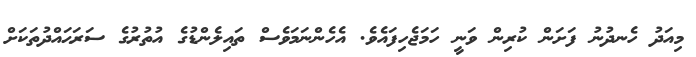
މިއަދު ހެނދުނު ފަށަން ކުރިން ވަނީ ހަމަޖެހިފައެވެ. އެހެންނަމަވެސް ތައިލެންޑުގެ އުތުރުގެ ސަރަޙައްދުތަކަށް